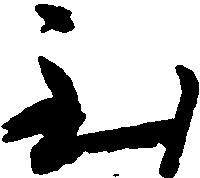
至